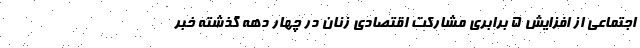
اجتماعی از افزایش ۵ برابری مشارکت اقتصادی زنان در چهار دهه گذشته خبر